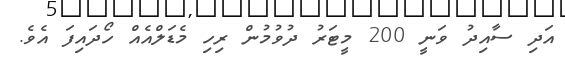
އަދި ސާއިދު ވަނީ 200 މީޓަރު ދުވުމުން ރިހި މެޑަލްއެއް ހޯދައިފަ އެވެ.